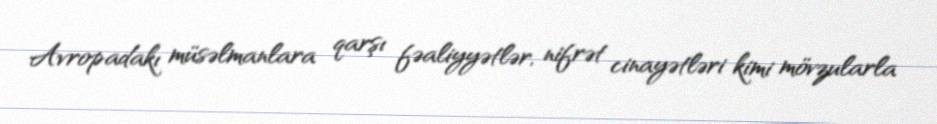
Avropadakı müsəlmanlara qarşı fəaliyyətlər, nifrət cinayətləri kimi mövzularla